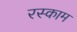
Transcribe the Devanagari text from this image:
रस्काम